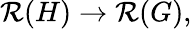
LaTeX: {\mathcal{R}}(H)\to{\mathcal{R}}(G),